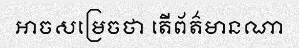
អាចសម្រេចថា តើព័ត៌មានណា